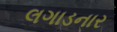
લગાડનાર